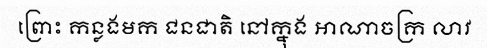
ព្រោះ កន្លងមក ជនជាតិ នៅក្នុង អាណាចក្រ លាវ